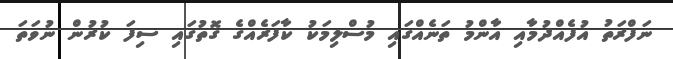
ނަފްރަތު އުފެއްދުމާއި އާންމު ތަނެއްގައި މުސްލިމަކު ކާފަރެއްގެ ގޮތުގައި ސިފަ ކުރުން ނުވަތަ